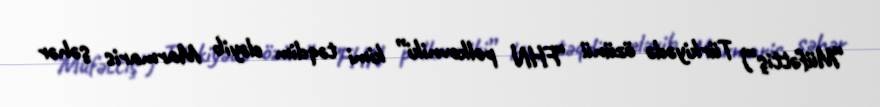
“Müfəttiş”) Türkiyədə özünü “FHN polkovniki” kimi təqdim eləyib Marmaris şəhər